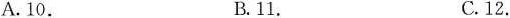
A. 10. B.11. C.12.